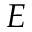
E